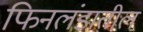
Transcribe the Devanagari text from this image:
फिनलंडातील